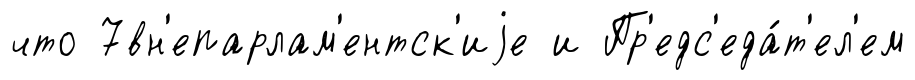
что 7вн'епарлам'ентск'иjе и Пр'едс'еда́т'ел'ем